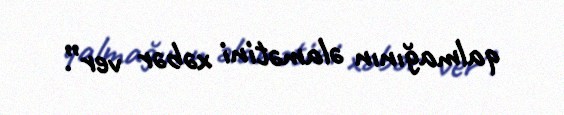
qalmağının əlamətini xəbər ver”.